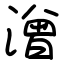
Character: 潧